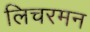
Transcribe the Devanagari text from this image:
लिचरमन